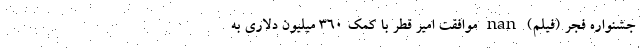
جشنواره فجر (فیلم) nan موافقت امیر قطر با کمک ۳۶۰ میلیون دلاری به